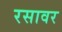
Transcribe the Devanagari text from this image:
रसावर